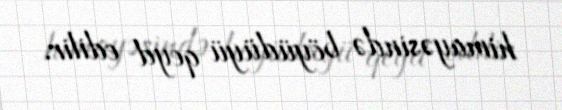
himayəsində böyüdüyü qeyd edilir.